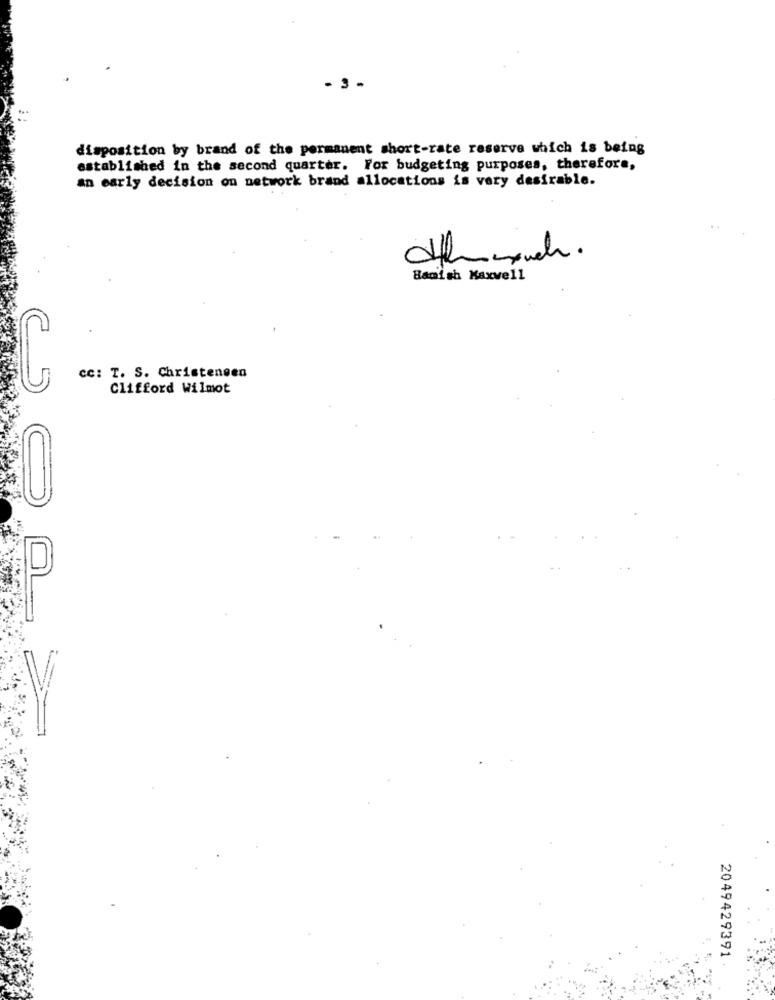
- 3 -
disposition by brand of the permanent short-rate reserve which is being
established in the second quarter. For budgeting purposes, therefore,
an early decision on network brand allocations is very desirable.
Banish Maxwell
cc: T. S. Christensen
Clifford Wilmot
2049429391